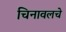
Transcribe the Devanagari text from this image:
चिनावलचे